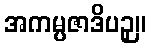
အကမ္ပဇာဒိပဉှ။